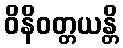
ဝိနိဝတ္တယန္တိ